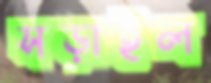
সড়াইল